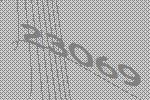
23069